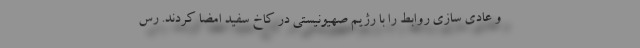
و عادی سازی روابط را با رژیم صهیونیستی در کاخ سفید امضا کردند. رس